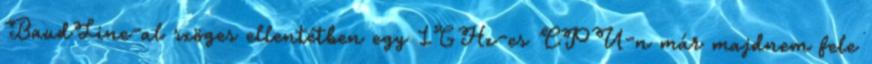
BaudLine-al szöges ellentétben egy 1GHz-es CPU-n már majdnem fele